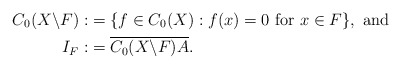
\begin{align*}C_{0}(X\backslash F):&=\{f \in C_{0}(X): f(x)=0 \textrm{~for~}x \in F\}, ~\textrm{and} \\I_{F}:&=\overline{C_{0}(X\backslash F)A}.\end{align*}